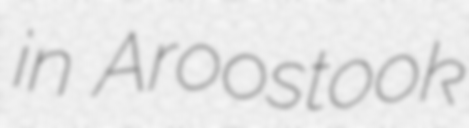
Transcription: in Aroostook